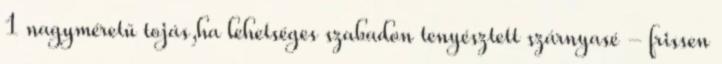
1 nagyméretű tojás,ha lehetséges szabadon tenyésztett szárnyasé - frissen